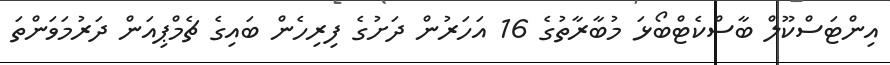
އިންޓަސްކޫލް ބާސްކެޓްބޯޅަ މުބާރާތުގެ 16 އަހަރުން ދަށުގެ ފިރިހެން ބައިގެ ޗެމްޕިއަން ދަރުމަވަންތަ